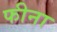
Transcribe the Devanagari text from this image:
फीना